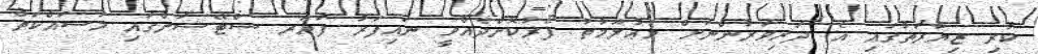
ކުރި ޒިޔާރަތުގައި އެ ދަރިވަރުންނަށް މަޢުލޫމާތު ފޯރުކޮށްދެއްވީ ނައިފަރު ފަޔަރ ސްޓޭޝަންގައި މަސައްކަތް